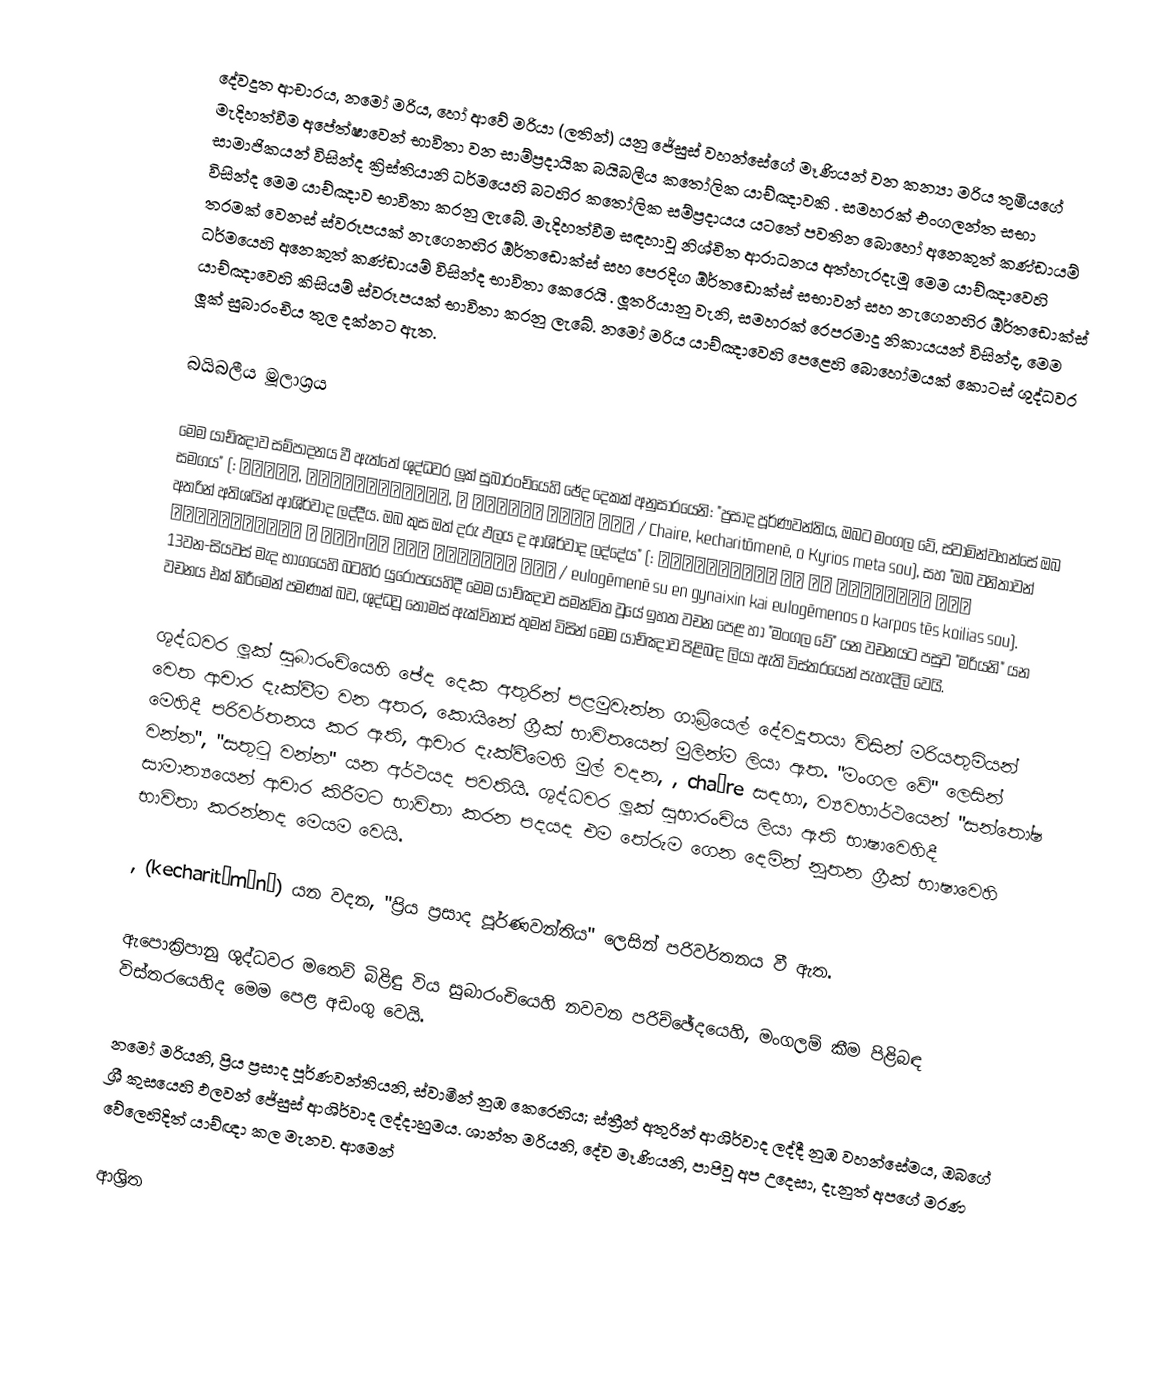
දේවදූත ආචාරය, නමෝ මරිය, හෝ ආවේ මරියා (ලතින්) යනු  ජේසුස් වහන්සේගේ මෑණියන් වන කන්‍යා මරිය තුමියගේ මැදිහත්වීම අපේත්ෂාවෙන් භාවිතා වන සාම්ප්‍රදායික බයිබලීය කතෝලික යාච්ඤාවකි . සමහරක් එංගලන්ත සභා සාමාජිකයන් විසින්ද ක්‍රිස්තියානි ධර්මයෙහි බටහිර කතෝලික සම්ප්‍රදායය යටතේ පවතින බොහෝ අනෙකුත් කණ්ඩායම් විසින්ද මෙම යාච්ඤාව භාවිතා කරනු ලැබේ. මැදිහත්වීම සඳහාවූ නිශ්චිත ආරාධනය අත්හැරදැමූ මෙම යාච්ඤාවෙහි තරමක් වෙනස් ස්වරූපයක් නැගෙනහිර ඕර්තඩොක්ස් සහ පෙරදිග ඕර්තඩොක්ස් සභාවන් සහ නැගෙනහිර ඕර්තඩොක්ස් ධර්මයෙහි අනෙකුත් කණ්ඩායම් විසින්ද භාවිතා කෙරෙයි .  ලූතරියානු වැනි, සමහරක් රෙපරමාදු නිකායයන් විසින්ද,  මෙම යාච්ඤාවෙහි කිසියම් ස්වරූපයක් භාවිතා කරනු ලැබේ. නමෝ මරිය යාච්ඤාවෙහි පෙළෙහි බොහෝමයක් කොටස් ශුද්ධවර ලූක් සුබාරංචිය තුල දක්නට ඇත.

බයිබලීය මූලාශ්‍රය

මෙම යාච්ඤාව සම්පාදනය වී ඇත්තේ ශුද්ධවර ලූක් සුබාරංචියෙහි ඡේද දෙකක් අනුසාරයෙනි: "ප්‍රසාද පූර්ණවන්තිය, ඔබට මංගල වේ, ස්වාමින්වහන්සේ ඔබ සමගය" (: Χαῖρε, κεχαριτωμένη, ὁ Κύριος μετὰ σοῦ / Chaire, kecharitōmenē, o Kyrios meta sou), සහ "ඔබ වනිතාවන් අතරින් අතිශයින් ආශිර්වාද ලද්දීය. ඔබ කුස ඔත් දරු ඵලය ද ආශිර්වාද ලද්දේය" (: Εὐλογημένη σὺ ἐν γυναιξὶν καὶ εὐλογημένος ὁ καρπὸς τῆς κοιλίας σου / eulogēmenē su en gynaixin kai eulogēmenos o karpos tēs koilias sou). 13වන-සියවස් මැද භාගයෙහි බටහිර යුරෝපයෙහිදී මෙම යාච්ඤාව සමන්විත වූයේ ඉහත වචන පෙළ හා "මංගල වේ" යන වචනයට පසුව "මරියනි"  යන වචනය එක් කිරීමෙන් පමණක් බව, ශුද්ධවූ තෝමස් ඇක්විනාස් තුමන් විසින් මෙම යාච්ඤාව පිළිබඳ ලියා ඇති විස්තරයෙන්  පැහැදිලි වෙයි.

ශුද්ධවර ලූක් සුබාරංචියෙහි ඡේද දෙක අතුරින් පළමුවැන්න ගාබ්‍රියෙල් දේවදූතයා විසින් මරියතුමියන් වෙත ආචාර දැක්වීම වන අතර, කොයිනේ ග්‍රීක් භාවිතයෙන් මුලින්ම ලියා ඇත.  "මංගල වේ" ලෙසින් මෙහිදී පරිවර්තනය කර ඇති, ආචාර දැක්වීමෙහි මුල් වදන, , chaíre සඳහා,  ව්‍යවහාර්ථයෙන් "සන්තෝෂ වන්න", "සතුටු වන්න" යන අර්ථයද පවතියි. ශුද්ධවර ලූක් සුභාරංචිය ලියා ඇති භාෂාවෙහිදී සාමාන්‍යයෙන් ආචාර කිරීමට භාවිතා කරන පදයද එම තේරුම ගෙන දෙමින් නූතන ග්‍රීක් භාෂාවෙහි භාවිතා කරන්නද මෙයම වෙයි.

, (kecharitōménē) යන වදන, "ප්‍රිය ප්‍රසාද පූර්ණවන්තිය" ලෙසින් පරිවර්තනය වී ඇත.

ඇපොක්‍රිපානු ශුද්ධවර මතෙව් බිළිඳු විය සුබාරංචියෙහි නවවන පරිච්ඡේදයෙහි, මංගලම් කීම පිළිබඳ විස්තරයෙහිද මෙම පෙළ අඩංගු වෙයි.

 නමෝ මරියනි, ප්‍රිය ප්‍රසාද පූර්ණවන්තියනි, ස්වාමීන් නුඹ කෙරෙහිය; ස්ත්‍රීන් අතුරින් ආශිර්වාද ලද්දී නුඹ වහන්සේමය, ඔබගේ ශ්‍රී කුසයෙහි ඵලවන් ජේසුස් ආශිර්වාද ලද්දාහුමය. ශාන්ත මරියනි, දේව මෑණියනි, පාපිවූ අප උදෙසා, දැනුත් අපගේ මරණ වේලෙහිදිත් යාච්ඥා කල මැනව. ආමෙන්

ආශ්‍රිත